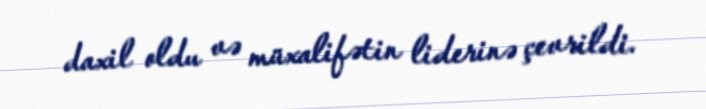
daxil oldu və müxalifətin liderinə çevrildi.